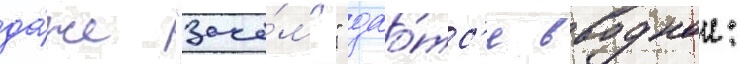
да́же "заче́м?" дао́тс'я вводнои: